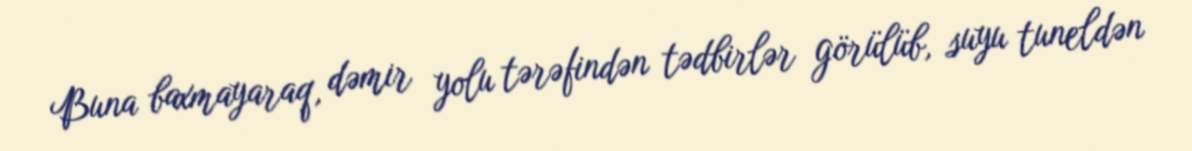
Buna baxmayaraq, dəmir yolu tərəfindən tədbirlər görülüb, suyu tuneldən